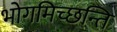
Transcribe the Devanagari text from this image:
भोगमिच्छन्ति